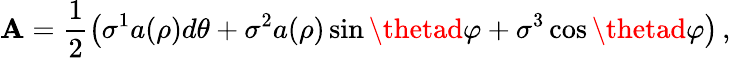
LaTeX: \mathbf{A}=\frac{{1}}{{2}}\left(\sigma^{1}a(\rho)d\theta+\sigma^{2}a(\rho)\sin\thetad\varphi+\sigma^{3}\cos\thetad\varphi\right)\, ,